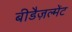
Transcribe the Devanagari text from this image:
बीडैज़ल्मेंट